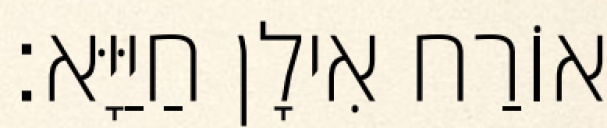
אוֹרַח אִילָן חַיַּיָּא׃